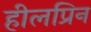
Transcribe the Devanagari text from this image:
हीलप्रिन